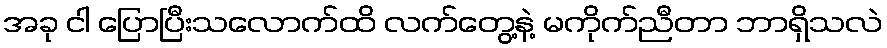
အခု ငါ ပြောပြီးသလောက်ထိ လက်တွေ့နဲ့ မကိုက်ညီတာ ဘာရှိသလဲ